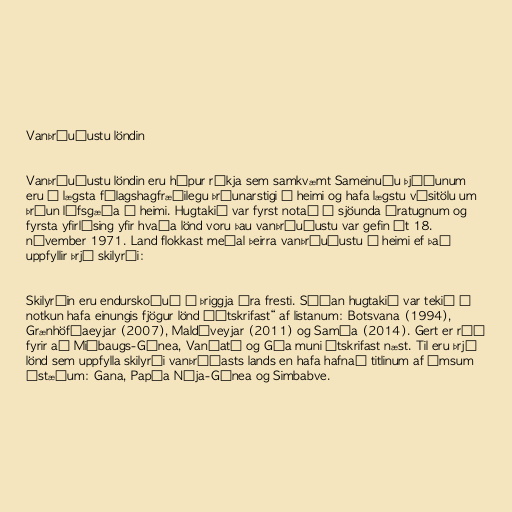
Vanþróuðustu löndin

Vanþróuðustu löndin eru hópur ríkja sem samkvæmt Sameinuðu þjóðunum
eru á lægsta félagshagfræðilegu þróunarstigi í heimi og hafa lægstu vísitölu um
þróun lífsgæða í heimi. Hugtakið var fyrst notað á sjöunda áratugnum og
fyrsta yfirlýsing yfir hvaða lönd voru þau vanþróuðustu var gefin út 18.
nóvember 1971. Land flokkast meðal þeirra vanþróuðustu í heimi ef það
uppfyllir þrjú skilyrði:

Skilyrðin eru endurskoðuð á þriggja ára fresti. Síðan hugtakið var tekið í
notkun hafa einungis fjögur lönd „útskrifast“ af listanum: Botsvana (1994),
Grænhöfðaeyjar (2007), Maldíveyjar (2011) og Samóa (2014). Gert er ráð
fyrir að Miðbaugs-Gínea, Vanúatú og Góa muni útskrifast næst. Til eru þrjú
lönd sem uppfylla skilyrði vanþróðasts lands en hafa hafnað titlinum af ýmsum
ástæðum: Gana, Papúa Nýja-Gínea og Simbabve.